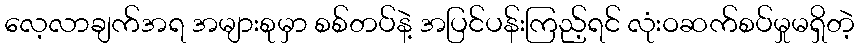
လေ့လာချက်အရ အများစုမှာ စစ်တပ်နဲ့ အပြင်ပန်းကြည့်ရင် လုံးဝဆက်စပ်မှုမရှိတဲ့